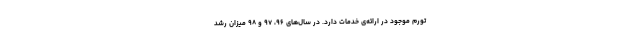
تورم موجود در ارائه‌ی خدمات دارد. در سال‌های ۹۶، ۹۷ و ۹۸ میزان رشد